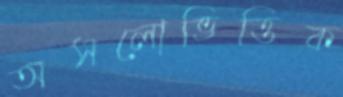
অসলোভিত্তিক